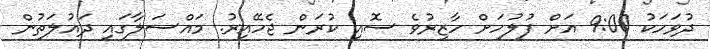
ދުވަހަކު 9:00 އަށް ފުލުހަށް ހާޒިރުވެ ސޮއި ކުރަން ޖެހޭއިރު. މައްސަލާގައި ދައުލަތުން